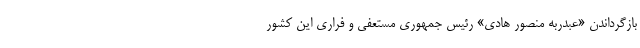
بازگرداندن «عبدربه منصور هادی» رئیس جمهوری مستعفی و فراری این کشور